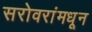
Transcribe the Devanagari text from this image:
सरोवरांमधून